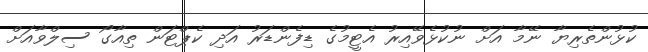
ކުޅުންތެރިޔާ ނޭމާ އަށް ނުކުޅެވޭއިރު އެޓީމުގެ ޑިފެންޑަރު އަދި ކެޕްޓަން ތިއާގޯ ސިލްވާއަށް